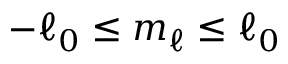
- \ell _ { 0 } \leq m _ { \ell } \leq \ell _ { 0 }